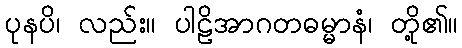
ပုနပိ၊ လည်း။ ပါဠိအာဂတဓမ္မာနံ၊ တို့၏။